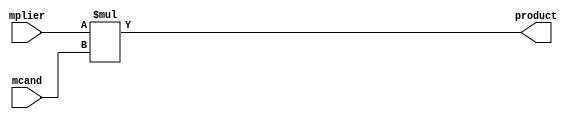
module mult_comb_nbits
  (input  [15:0] mplier,
   input  [15:0] mcand,
   output [31:0] product);
  wire [31:0] n1_o;
  wire [31:0] n2_o;
  wire [31:0] n3_o;
  assign product = n3_o;
  /* src/mult_comb_nbits.vhdl:15:50  */
  assign n1_o = {16'b0, mplier};  //  uext
  /* src/mult_comb_nbits.vhdl:15:50  */
  assign n2_o = {16'b0, mcand};  //  uext
  /* src/mult_comb_nbits.vhdl:15:50  */
  assign n3_o = n1_o * n2_o; // umul
endmodule